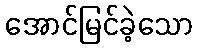
အောင်မြင်ခဲ့သော